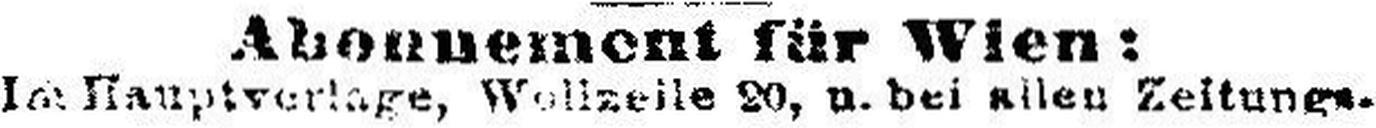
Im Hauptverlage, Wallzelle 20, u. bei allen Zeitungs¬